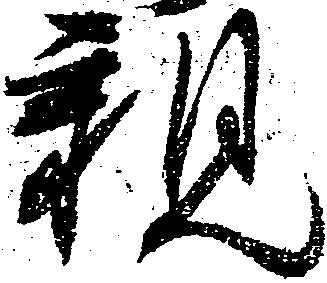
親